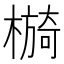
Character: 𣚂